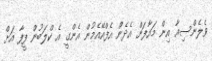
ވެލެންސިއާ އިން މައާފަށް އެދެން އެފްއޭއެމުން އެންގީ އެ ކްލަބުން ފީފާ އަށް